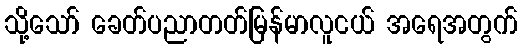
သို့သော် ခေတ်ပညာတတ်မြန်မာလူငယ် အရေအတွက်